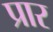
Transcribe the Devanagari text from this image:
प्रार